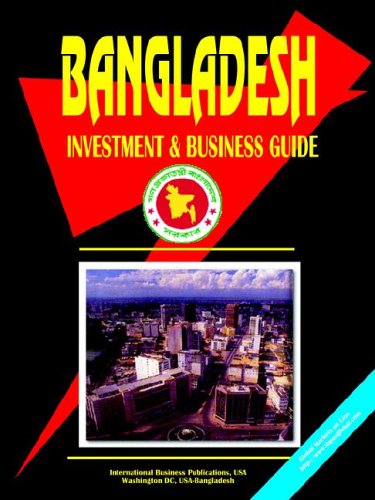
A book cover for Bangladesh Investment and Business Guide; Ibp Usa; Travel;